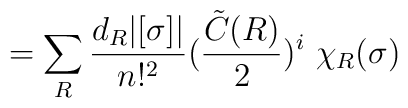
= \sum_R \frac{d_R | [ \sigma ] |}{n !^2} (\frac{{\tilde C} (R)}{2})^i  \  \chi_R (\sigma )